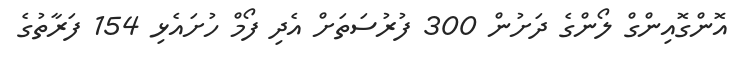
އޮންގޮއިންގް ލޯންގެ ދަށުން 300 ފުރުސަތަށް އެދި ފޯމް ހުށައެޅި 154 ފަރާތުގެ